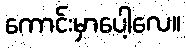
ကောင်းမှာပေါ့လေ။